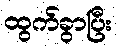
ထွက်ခွာပြီး